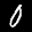
Label: 0